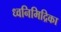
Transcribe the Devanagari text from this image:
ध्वनिमिद्रिका